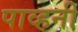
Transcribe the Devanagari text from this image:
पाव्हनी